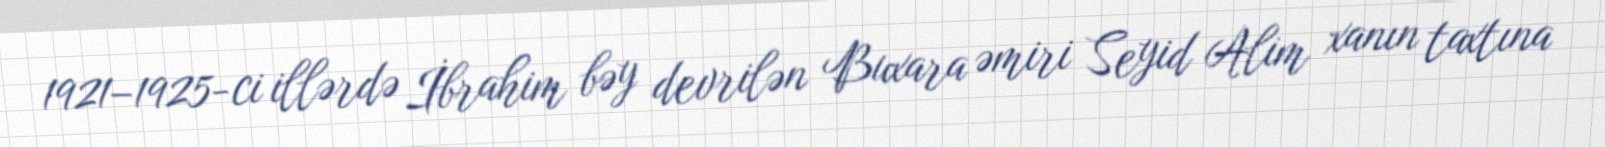
1921–1925-ci illərdə İbrahim bəy devrilən Buxara əmiri Seyid Alim xanın taxtına